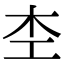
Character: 杢